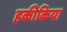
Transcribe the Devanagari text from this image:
हकीकिया